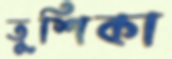
তুশিকা